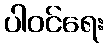
ပါဝင်ရေး